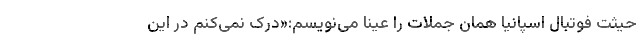
حیثت فوتبال اسپانیا همان جملات را عیناً می‌نویسم:«درک نمی‌کنم در این